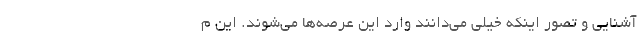
آشنایی و تصور اینکه خیلی می‌دانند وارد این عرصه‌ها می‌شوند. این م